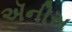
ઍનીસ